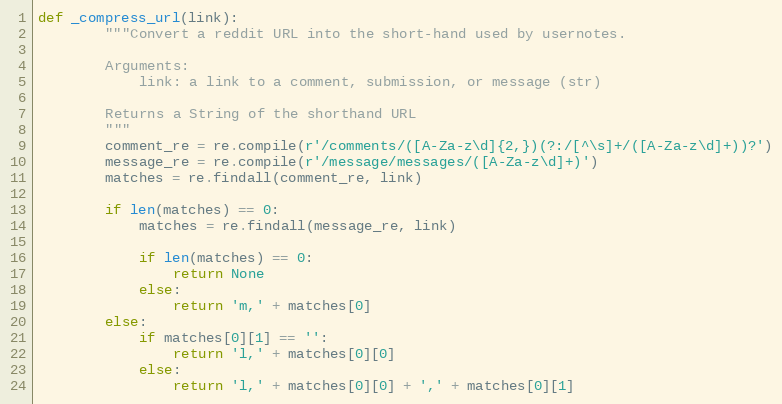
Language: Python
def _compress_url(link):
        """Convert a reddit URL into the short-hand used by usernotes.

        Arguments:
            link: a link to a comment, submission, or message (str)

        Returns a String of the shorthand URL
        """
        comment_re = re.compile(r'/comments/([A-Za-z\d]{2,})(?:/[^\s]+/([A-Za-z\d]+))?')
        message_re = re.compile(r'/message/messages/([A-Za-z\d]+)')
        matches = re.findall(comment_re, link)

        if len(matches) == 0:
            matches = re.findall(message_re, link)

            if len(matches) == 0:
                return None
            else:
                return 'm,' + matches[0]
        else:
            if matches[0][1] == '':
                return 'l,' + matches[0][0]
            else:
                return 'l,' + matches[0][0] + ',' + matches[0][1]